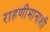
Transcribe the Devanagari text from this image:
राहणीमानाशी